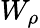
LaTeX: W_{\rho}